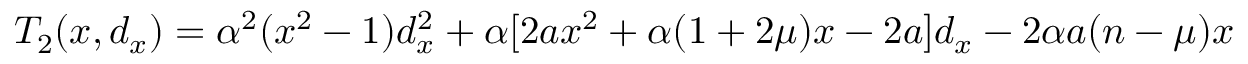
T _ { 2 } ( x , d _ { x } ) = \alpha ^ { 2 } ( x ^ { 2 } - 1 ) d _ { x } ^ { 2 } + \alpha [ 2 a x ^ { 2 } + \alpha ( 1 + 2 \mu ) x - 2 a ] d _ { x } - 2 \alpha a ( n - \mu ) x